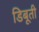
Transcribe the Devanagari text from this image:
डिबूती